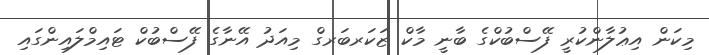
މިކަން އިޢުލާންކުރީ ފޭސްބުކްގެ ބާނީ މާކް ޒަކަރބަރގް މިއަދު އޭނާގެ ފޭސްބުކް ޓައިމްލައިންގައި